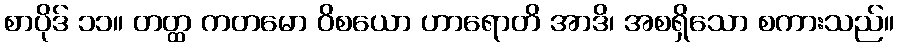
စာပိုဒ် ၁၁။ တတ္ထ ကတမော ဝိစယော ဟာရောတိ အာဒိ၊ အစရှိသော စကားသည်။